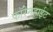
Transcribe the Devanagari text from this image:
फॉरेनहाईट